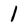
Character: 1